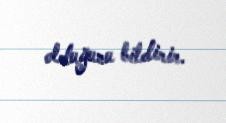
olduğunu bildirir.